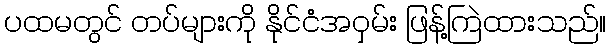
ပထမတွင် တပ်များကို နိုင်ငံအဝှမ်း ဖြန့်ကြဲထားသည်။